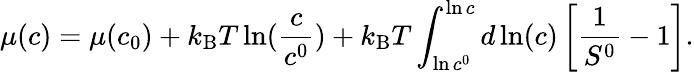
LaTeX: \mu(c)=\mu(c_{0})+k_{\mathrm{B}}T\ln(\frac{c}{c^{0}})+k_{\mathrm{B}}T\int_{\ln c^{0}}^{\ln c}d\ln(c)\left[\frac{1}{S^{0}}-1\right].